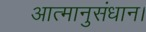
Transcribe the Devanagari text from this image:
आत्मानुसंधान।